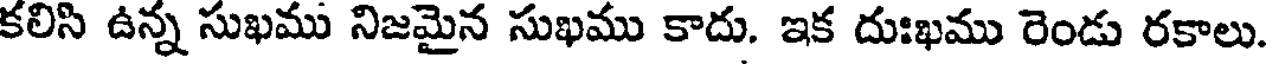
కలిసి ఉన్న సుఖము నిజమైన సుఖము కాదు. ఇక దుఃఖము రెండు రకాలు.